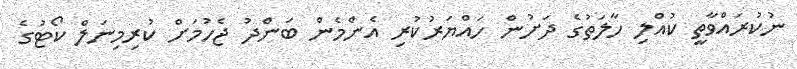
ނުކުރައްވާތީ ކުއްލި ހާލަތުގެ ދަށުން ހައްޔަރުކުރި އެންމެން ބަންދު ޖެހުމަށް ކުރިމިނަލް ކޯޓުގެ